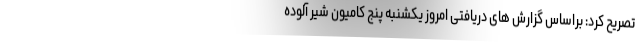
تصریح کرد: براساس گزارش های دریافتی امروز یکشنبه پنج کامیون شیر آلوده